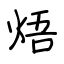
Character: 焐